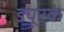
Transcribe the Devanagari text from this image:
ड्यूरक